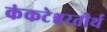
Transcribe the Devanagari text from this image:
कंकटेश्वरतीर्थ